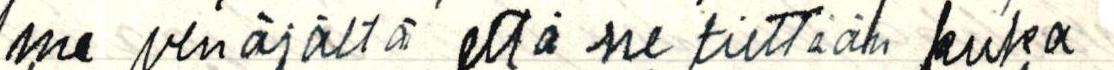
me venäjältä että ne tiettään kuka